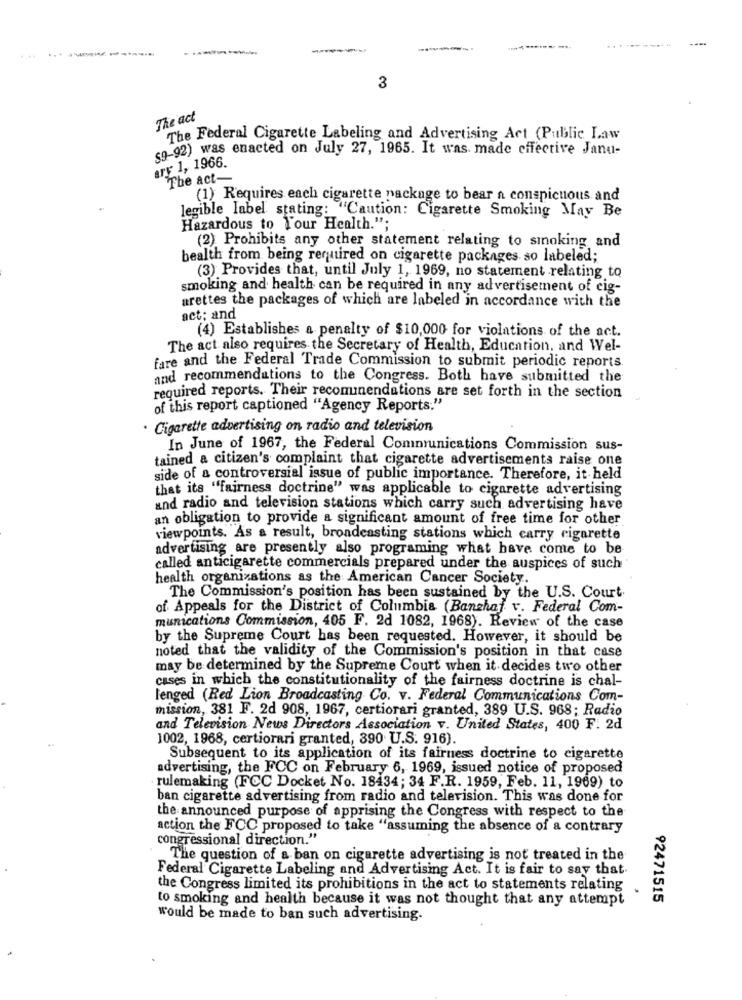
---------
---.
----------
3
The act
The Federal Cigarette Labeling and Advertising Act (Public Law
co-g2) was enacted on July 27, 1965. It was made effective Janu-
ry 1, 1966.
The act-
(1) Requires each cigarette package to bear a conspicuous and
legible label stating: "Caution: Cigarette Smoking May Be
Hazardous to Your Health.";
(2) Prohibits any other statement relating to smoking and
bealth from being required on cigarette packages so labeled;
(3) Provides that, until July 1, 1969, no statement relating to
smoking and health can be required in any advertisement of cig-
arettes the packages of which are labeled in accordance with the
act; and
(4) Establishes a penalty of $10,000 for violations of the act.
The act also requires the Secretary of Health, Education, and Wel-
fare and the Federal Trade Commission to submit periodic reports.
and recommendations to the Congress. Both have submitted the
required reports. Their recomunendations are set forth in the section
of this report captioned "Agency Reports."
· Cigarette advertising on radio and television
In June of 1967, the Federal Comnrunications Commission sus-
tained a citizen's complaint that cigarette advertisements raise one
side of a controversial issue of public importance. Therefore, it held
that its "fairness doctrine" was applicable to cigarette advertising
and radio and television stations which carry such advertising have
an obligation to provide a significant amount of free time for other
viewpoints. As a result, broadcasting stations which carry cigarette
advertising are presently also programing what have come to be
called anticigarette commercials prepared under the auspices of such
health organizations as the American Cancer Society.
The Commission's position has been sustained by the U.S. Court.
of Appeals for the District of Columbia (Banghaf v. Federal Com-
munications Commission, 405 F. 2d 1082, 1968). Review of the case
by the Supreme Court has been requested. However, it should be
noted that the validity of the Commission's position in that case
may be determined by the Supreme Court when it decides two other
cases in which the constitutionality of the fairness doctrine is chal-
lenged (Red Lion Broadcasting Co. v. Federal Communications Com-
mission, 381 F. 2d 908, 1967, certiorari granted, 389 U.S. 968; Radio
and Television News Directors Association v. United States, 400 F. 2d
1002, 1968, certiorari granted, 390 U.S. 916).
Subsequent to its application of its fairness doctrine to cigarette
advertising, the FCC on February 6, 1969, issued notice of proposed
rulemaking (FCC Docket No. 18434; 34 F.R. 1959, Feb. 11, 1969) to
ban cigarette advertising from radio and television. This was done for
the announced purpose of apprising the Congress with respect to the
action the FCC proposed to take "assuming the absence of a contrary
congressional direction."
The question of a ban on cigarette advertising is not treated in the
Federal Cigarette Labeling and Advertising Act. It is fair to say that.
the Congress limited its prohibitions in the act to statements relating
.
to smoking and health because it was not thought that any attempt
92471515
would be made to ban such advertising.